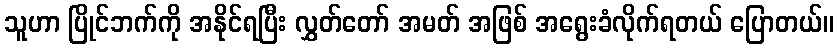
သူဟာ ပြိုင်ဘက်ကို အနိုင်ရပြီး လွှတ်တော် အမတ် အဖြစ် အရွေးခံလိုက်ရတယ် ပြောတယ်။